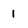
Character: 1